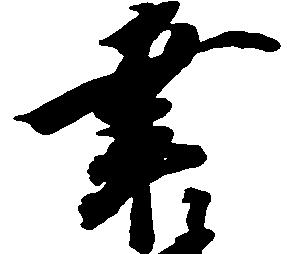
幸